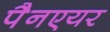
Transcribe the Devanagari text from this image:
पैनएयर